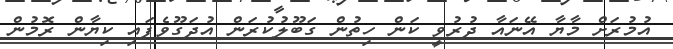
އުމުރަށް މާޔާ އޭނައާ ދުރުވީ ކަން ހިތުން ގަބޫލުކުރަން އުދަގޫވެފައި ކިޔާން ރޮމުން